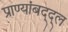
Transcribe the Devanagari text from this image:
प्राण्यांबद्द्ल